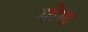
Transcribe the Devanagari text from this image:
मोघा